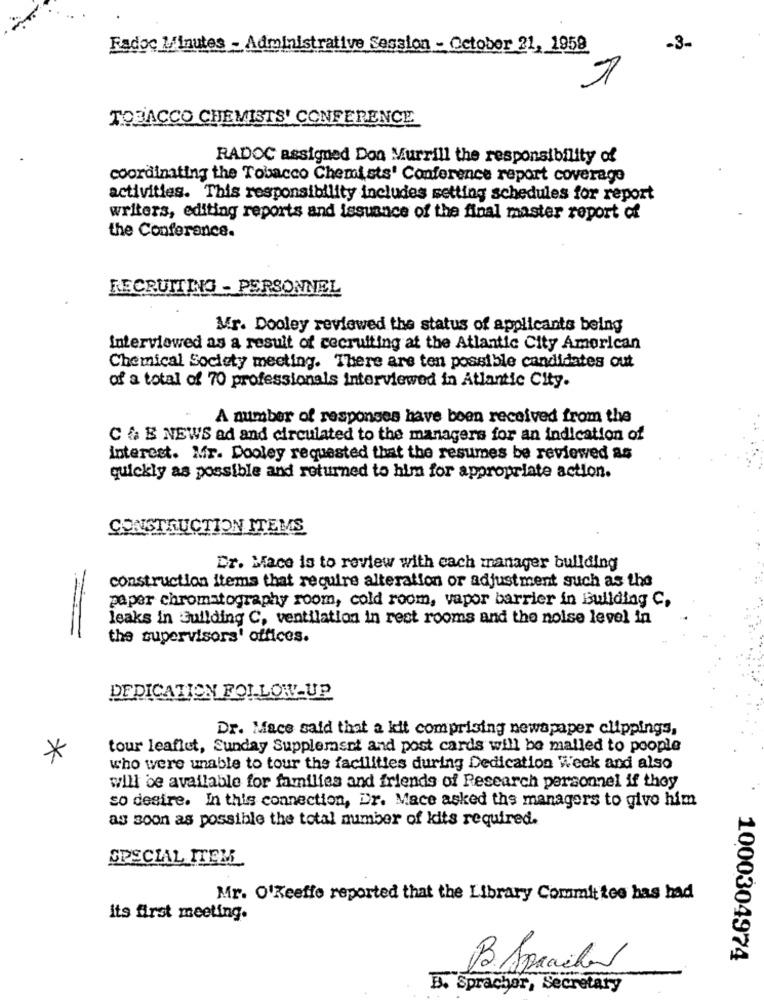
Radoc Minutes - Administrative Session - October 21, 1959
-3-
TOBACCO CHEMISTS' CONFERENCE
RADOC assigned Don Murrill the responsibility of
coordinating the Tobacco Chemists' Conference report coverage
activities. This responsibility includes setting schedules for report
writers, editing reports and issuance of the final master report of
the Conference.
RECRUITLK - PERSONNEL
Mr. Dooley reviewed the status of applicants being
Interviewed as a result of recruiting at the Atlantic City American
Chemical Society meeting. There are ten possible candidates out
of a total of 70 professionals interviewed in Atlantic City.
-
A number of responses have been received from the
C & B NEWS ad and circulated to the managers for an indication of
interest. Mr. Dooley requested that the resumes be reviewed as
quickly as possible and returned to him for appropriate action.
CONSTRUCTION ITEMS
Er. Mace is to review with each manager building
construction items that require alteration or adjustment such as the
paper chromatography room, cold room, vapor barrier in Building C.
leaks in Building C, ventilation in rest rooms and the noise level in
the supervisors' offices.
DEDICATION FOLLOW-UP
Dr. Mace said that a kit comprising newspaper clippings,
tour leaflet, Sunday Supplement and post cards will be mailed to people
*
who were unable to tour the facilities during Dedication Week and also
will be available for families and friends of Research personnel if they
so desire. In this connection, Dr. Mace asked the managers to give him
as soon as possible the total number of kits required.
SPECIAL ITEM
Mr. O'keeffe reported that the Library Committee has had
Its first meeting.
1000304974
B. Sprachen
B. Spracher, Secretary